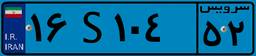
۱۶S۱۰۴۵۲